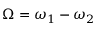
\Omega = \omega _ { 1 } - \omega _ { 2 }